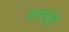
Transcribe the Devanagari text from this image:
यायोई